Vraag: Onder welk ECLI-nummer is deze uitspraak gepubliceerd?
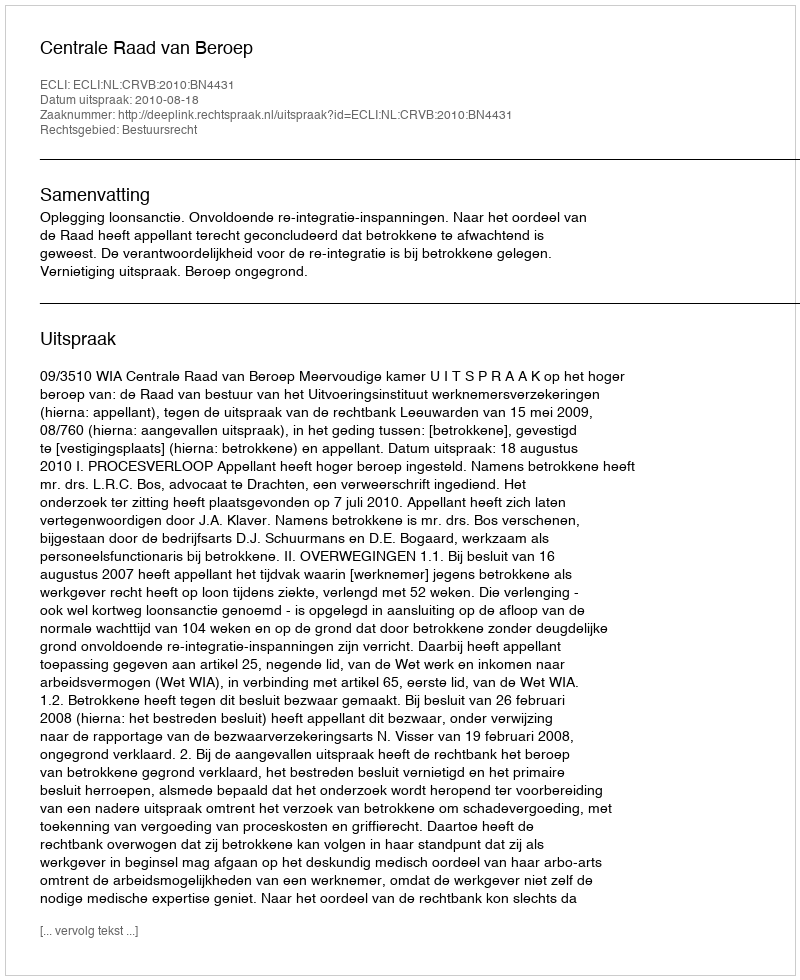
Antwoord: ECLI:NL:CRVB:2010:BN4431